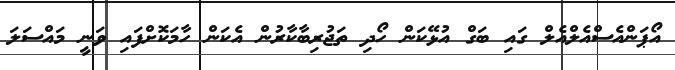
އޯޕަންއެސްއެލްއެލް ގައި ބަގް އުޅޭކަން ހޯދި ތަޖުރިބާކާރުން އެކަން ހާމަކޮށްފައި ވަނީ މައްސަލަ